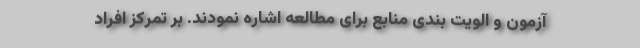
آزمون و الویت بندی منابع برای مطالعه اشاره نمودند. بر تمرکز افراد